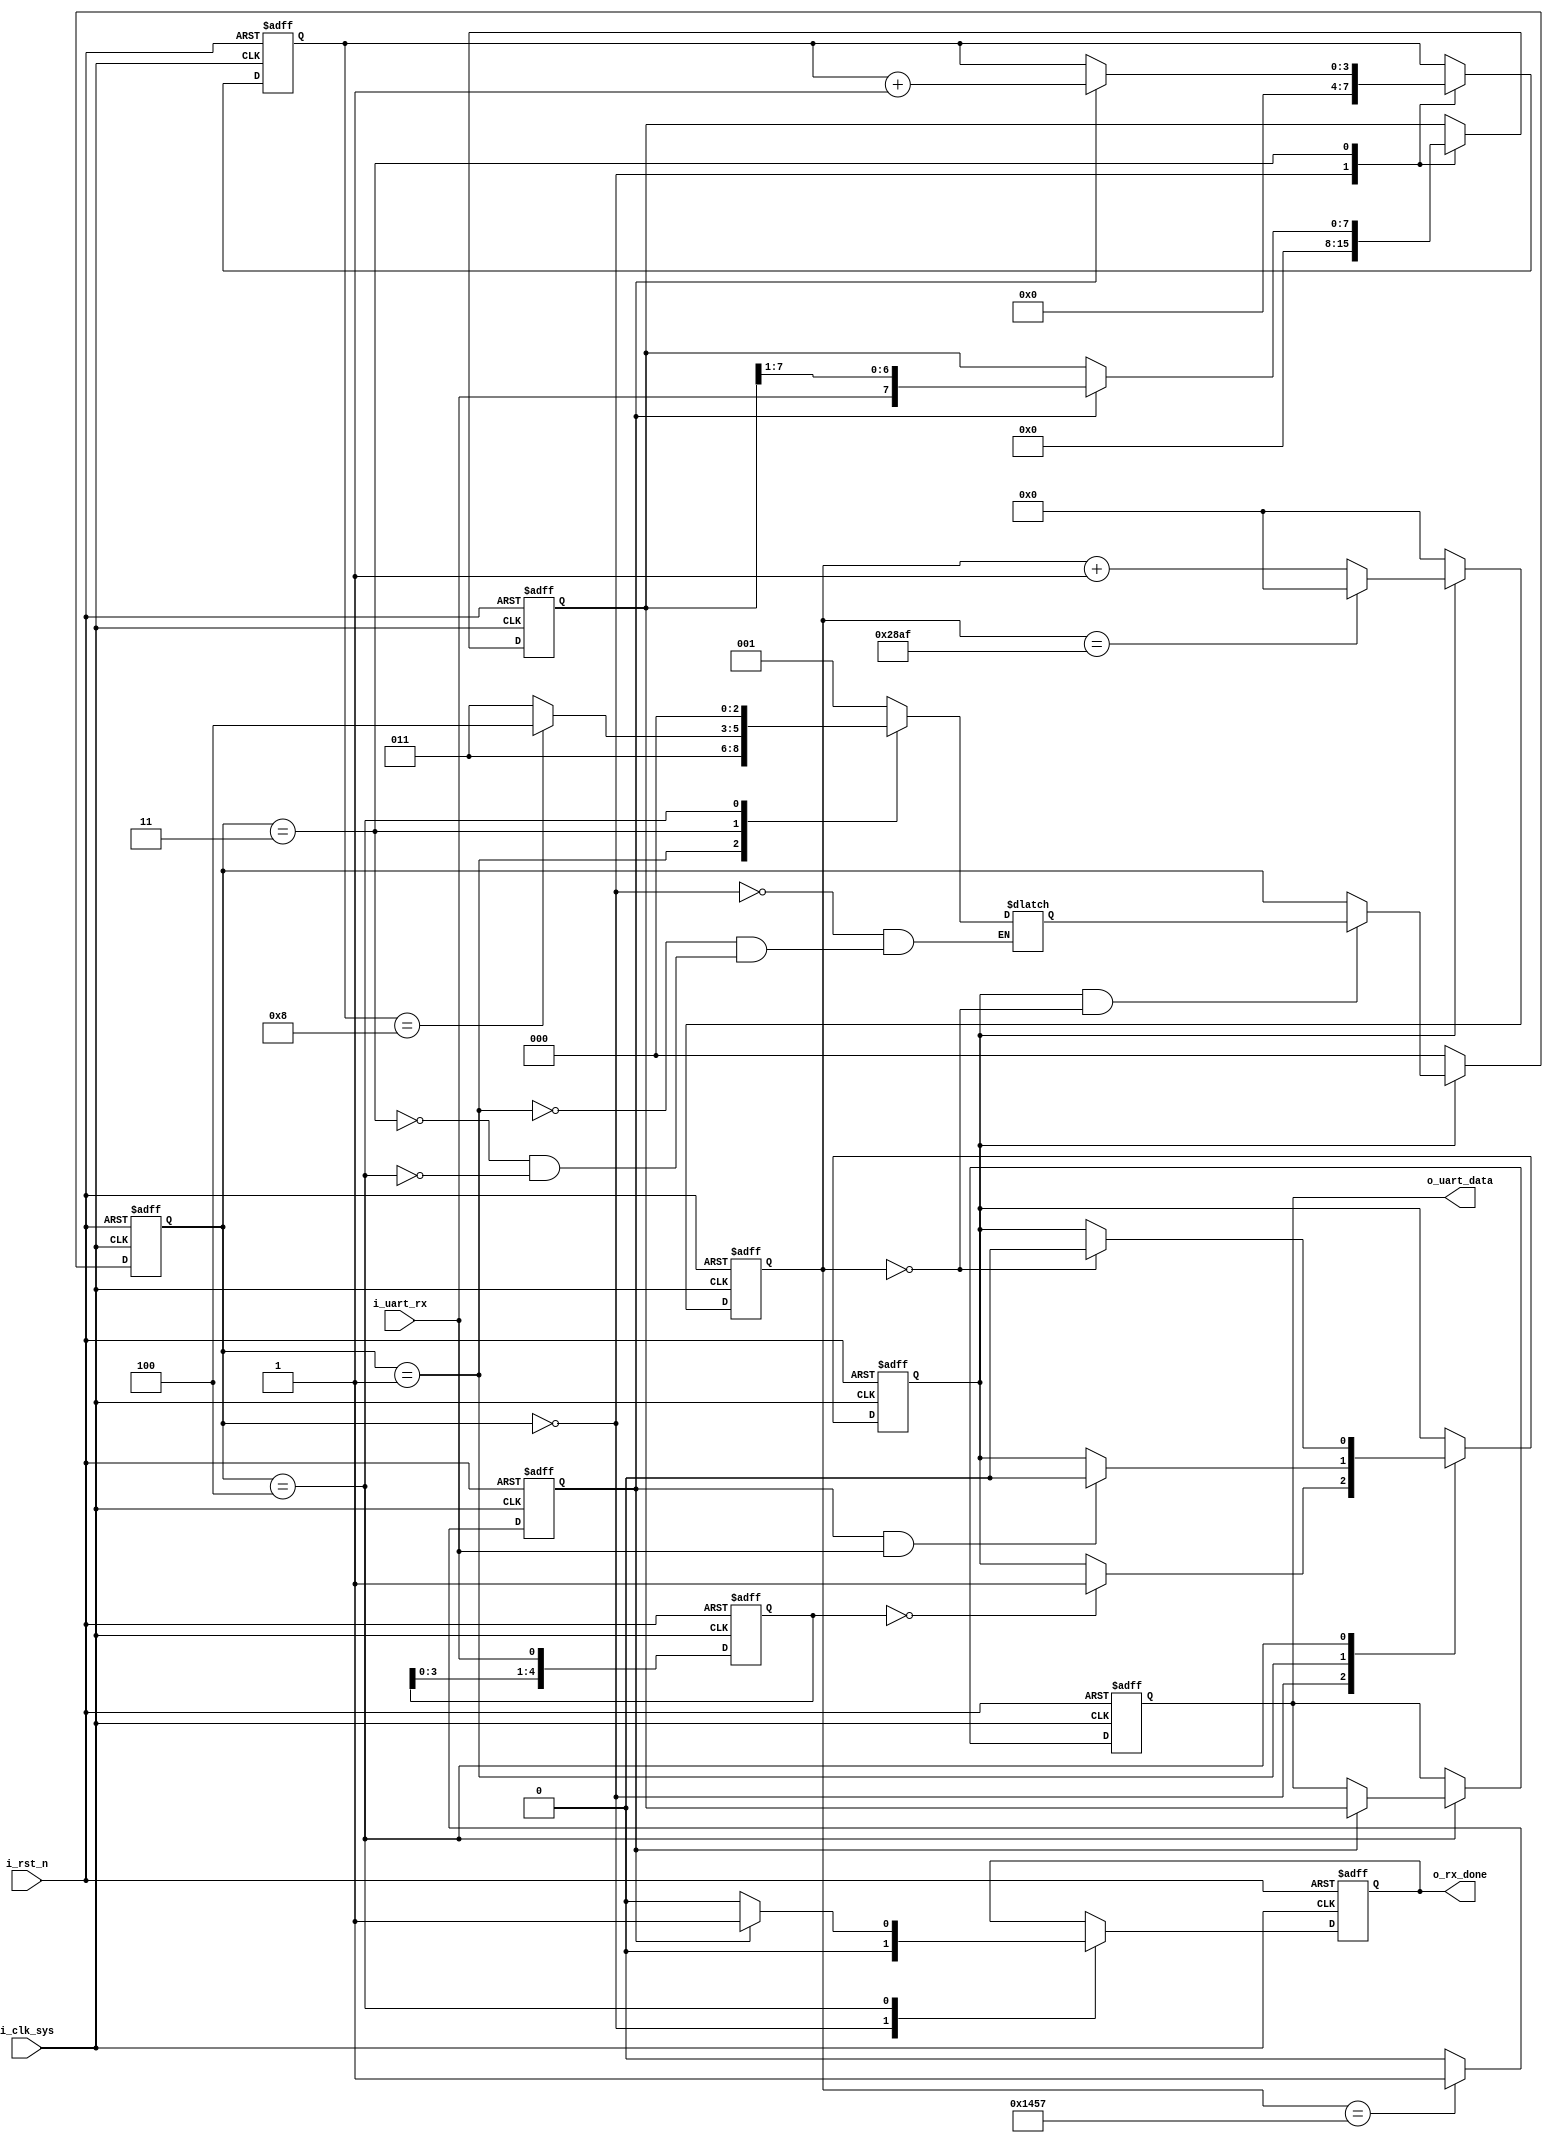
`timescale 1ns / 1ps
//////////////////////////////////////////////////////////////////////////////////
// Company: 
// Engineer: 
// 
// Design Name: 
// Module Name: uart_rx
// Project Name: 
// Target Devices: 
// Tool Versions: 
// Description: 
// 
// Dependencies: 
// 
// Revision:
// Revision 0.01 - File Created
// Additional Comments:
// 
//////////////////////////////////////////////////////////////////////////////////


module uart_rx
(
    input                           i_clk_sys,      //
    input                           i_rst_n,        //,
    input                           i_uart_rx,      //UART
    output   reg    [7 :0]          o_uart_data,    //UART
    output   reg                    o_rx_done       //UART
    );
    parameter CLK_FRE = 100;         //100MHz
    parameter DATA_WIDTH = 8;
    parameter BAUD_RATE = 9600;      //9600

    /*
    rx
    
    */
    reg [4:0] r_flag_rcv_start;
    always@(posedge i_clk_sys or negedge i_rst_n)
        begin
            if(!i_rst_n)
                r_flag_rcv_start <= 5'b11111;
            else
                r_flag_rcv_start <= {r_flag_rcv_start[3:0], i_uart_rx};
        end

    //
    reg [2:0] r_current_state;  //
    reg [2:0] r_next_state;     //
        
    localparam STATE_IDLE = 3'b000;         //
    localparam STATE_START = 3'b001;        //
    localparam STATE_DATA = 3'b011;         //
    localparam STATE_END = 3'b100;          //
        
    localparam CYCLE = CLK_FRE * 1000000 / BAUD_RATE;   //
    
    reg baud_valid;       //
    reg [15:0] baud_cnt;  // 
    reg baud_pulse;       //
     
    //
    always@(posedge i_clk_sys or negedge i_rst_n)
        begin
            if(!i_rst_n)
                baud_cnt <= 16'h0000;
            else if(!baud_valid)
                baud_cnt <= 16'h0000;
            else if(baud_cnt == CYCLE - 1)
                baud_cnt <= 16'h0000;
            else
                baud_cnt <= baud_cnt + 1'b1;
        end
        
    //
    always@(posedge i_clk_sys or negedge i_rst_n)
        begin
            if(!i_rst_n)
                baud_pulse <= 1'b0;
            else if(baud_cnt == CYCLE/2-1)
                baud_pulse <= 1'b1;
            else
                baud_pulse <= 1'b0;
        end
    
    //
    always@(posedge i_clk_sys or negedge i_rst_n)
        begin
            if(!i_rst_n)
                r_current_state <= STATE_IDLE;
            else if(!baud_valid)
                r_current_state <= STATE_IDLE;
            else if(baud_valid && baud_cnt == 16'h0000) //
                r_current_state <= r_next_state;
        end
        
    reg [3:0]   r_rcv_cnt;      //
    //
    always@(*)
        begin
            case(r_current_state)
                STATE_IDLE:     r_next_state <= STATE_START;
                STATE_START:    r_next_state <= STATE_DATA;
                STATE_DATA:
                    if(r_rcv_cnt == DATA_WIDTH)
                          r_next_state <= STATE_END;
                    else
                    begin
                          r_next_state <= STATE_DATA;
                    end
                STATE_END:      r_next_state <= STATE_IDLE;
                default:;
            endcase
        end

    reg [DATA_WIDTH - 1 :0] r_data_rcv; //
    
    //
    always@(posedge i_clk_sys or negedge i_rst_n)
        begin
            if(!i_rst_n)
                begin
                    baud_valid <= 1'b0;
                    r_data_rcv <= 'd0;
                    r_rcv_cnt <= 4'd0;
                    o_uart_data <= 'd0;
                    o_rx_done <= 1'b0;
                end
            else
                case(r_current_state)
                    STATE_IDLE:begin
                        //
                        r_rcv_cnt <= 4'd0;
                        r_data_rcv <= 'd0;
                        o_rx_done <= 1'b0;
                        //UARTbaud_valid
                        if(r_flag_rcv_start == 5'b00000)
                            baud_valid <= 1'b1;
                    end
                    STATE_START:begin
                        if(baud_pulse && i_uart_rx)//IDLE
                            baud_valid <= 1'b0;
                    end
                    STATE_DATA:begin
                        if(baud_pulse)
                            begin
                                r_data_rcv <= {i_uart_rx, r_data_rcv[DATA_WIDTH-1 : 1]}; //
                                r_rcv_cnt <= r_rcv_cnt + 1'b1;                          //
                            end
                    end
                    STATE_END:begin
                        if(baud_pulse)
                            begin
                            //
                                o_uart_data <= r_data_rcv;
                                o_rx_done <= 1'b1; //
                            end
                        else
                            begin
                                o_rx_done <= 1'b0;
                            end
                            
                        if(baud_cnt == 16'h0000)
                             baud_valid <= 1'b0;
                        end
                    default:;
                endcase
        end
    
    
endmodule